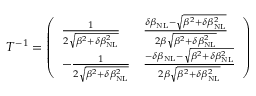
\begin{array} { r } { T ^ { - 1 } = \left( \begin{array} { l l } { \frac { 1 } { 2 \sqrt { \beta ^ { 2 } + \delta \beta _ { \mathrm { N L } } ^ { 2 } } } } & { \frac { \delta \beta _ { \mathrm { N L } } - \sqrt { \beta ^ { 2 } + \delta \beta _ { \mathrm { N L } } ^ { 2 } } } { 2 \beta \sqrt { \beta ^ { 2 } + \delta \beta _ { \mathrm { N L } } ^ { 2 } } } } \\ { - \frac { 1 } { 2 \sqrt { \beta ^ { 2 } + \delta \beta _ { \mathrm { N L } } ^ { 2 } } } } & { \frac { - \delta \beta _ { \mathrm { N L } } - \sqrt { \beta ^ { 2 } + \delta \beta _ { \mathrm { N L } } ^ { 2 } } } { 2 \beta \sqrt { \beta ^ { 2 } + \delta \beta _ { \mathrm { N L } } ^ { 2 } } } } \end{array} \right) } \end{array}